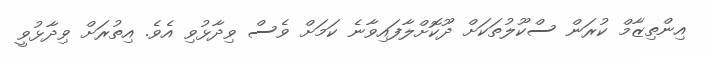
އިންތިޒާމް ކުރަން ސްކޫލުތަކަށް ދޫކޮށްލާފައިވާނެ ކަމަށް ވެސް ވިދާޅުވި އެވެ. އިތުރަށް ވިދާޅުވީ